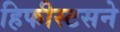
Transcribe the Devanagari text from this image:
हिफीस्टसने